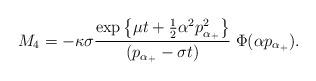
LaTeX: \begin{align*}M_{4} = - \kappa \sigma \frac{ \exp\left\{ \mu t + \frac{1}{2}\alpha^{2} p_{\alpha_{+}}^{2} \right\}}{(p_{\alpha_{+}}- \sigma t)} \; \Phi(\alpha p_{\alpha_{+}}). \end{align*}